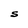
Character: S